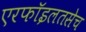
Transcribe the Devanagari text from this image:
एरफॉइलतसेच